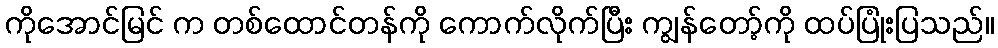
ကိုအောင်မြင် က တစ်ထောင်တန်ကို ကောက်လိုက်ပြီး ကျွန်တော့်ကို ထပ်ပြုံးပြသည်။